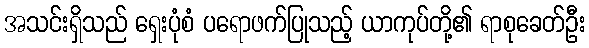
အသင်းရှိသည် ရှေးပုံစံ ပရောဖက်ပြုသည့် ယာကုပ်တို့၏ ရာစုခေတ်ဦး